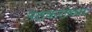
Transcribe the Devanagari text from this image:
पेठकरांच्या